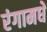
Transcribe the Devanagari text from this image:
रंगामधे